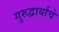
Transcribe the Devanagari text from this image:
गुरुद्वार्याचे